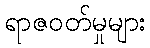
ရာဇဝတ်မှုများ